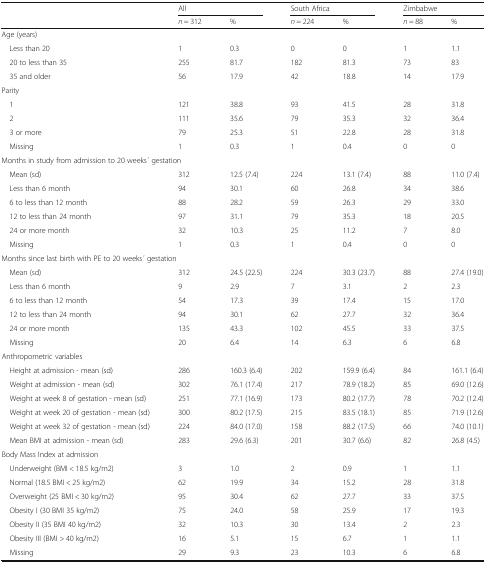
<table><thead><tr><td rowspan="2"></td><td colspan="2"><b>All</b></td><td colspan="2"><b>South Africa</b></td><td colspan="2"><b>Zimbabwe</b></td></tr><tr><td><b><i>n</i> = 312</b></td><td><b>%</b></td><td><b><i>n</i> = 224</b></td><td><b>%</b></td><td><b><i>n</i> = 88</b></td><td><b>%</b></td></tr></thead><tbody><tr><td colspan="7">Age (years)</td></tr><tr><td> Less than 20</td><td>1</td><td>0.3</td><td>0</td><td>0</td><td>1</td><td>1.1</td></tr><tr><td> 20 to less than 35</td><td>255</td><td>81.7</td><td>182</td><td>81.3</td><td>73</td><td>83</td></tr><tr><td> 35 and older</td><td>56</td><td>17.9</td><td>42</td><td>18.8</td><td>14</td><td>17.9</td></tr><tr><td colspan="7">Parity</td></tr><tr><td> 1</td><td>121</td><td>38.8</td><td>93</td><td>41.5</td><td>28</td><td>31.8</td></tr><tr><td> 2</td><td>111</td><td>35.6</td><td>79</td><td>35.3</td><td>32</td><td>36.4</td></tr><tr><td> 3 or more</td><td>79</td><td>25.3</td><td>51</td><td>22.8</td><td>28</td><td>31.8</td></tr><tr><td> Missing</td><td>1</td><td>0.3</td><td>1</td><td>0.4</td><td>0</td><td>0</td></tr><tr><td colspan="7">Months in study from admission to 20 weeks ́ gestation</td></tr><tr><td> Mean (sd)</td><td>312</td><td>12.5 (7.4)</td><td>224</td><td>13.1 (7.4)</td><td>88</td><td>11.0 (7.4)</td></tr><tr><td> Less than 6 month</td><td>94</td><td>30.1</td><td>60</td><td>26.8</td><td>34</td><td>38.6</td></tr><tr><td> 6 to less than 12 month</td><td>88</td><td>28.2</td><td>59</td><td>26.3</td><td>29</td><td>33.0</td></tr><tr><td> 12 to less than 24 month</td><td>97</td><td>31.1</td><td>79</td><td>35.3</td><td>18</td><td>20.5</td></tr><tr><td> 24 or more month</td><td>32</td><td>10.3</td><td>25</td><td>11.2</td><td>7</td><td>8.0</td></tr><tr><td> Missing</td><td>1</td><td>0.3</td><td>1</td><td>0.4</td><td>0</td><td>0</td></tr><tr><td colspan="7">Months since last birth with PE to 20 weeks ́ gestation</td></tr><tr><td> Mean (sd)</td><td>312</td><td>24.5 (22.5)</td><td>224</td><td>30.3 (23.7)</td><td>88</td><td>27.4 (19.0)</td></tr><tr><td> Less than 6 month</td><td>9</td><td>2.9</td><td>7</td><td>3.1</td><td>2</td><td>2.3</td></tr><tr><td> 6 to less than 12 month</td><td>54</td><td>17.3</td><td>39</td><td>17.4</td><td>15</td><td>17.0</td></tr><tr><td> 12 to less than 24 month</td><td>94</td><td>30.1</td><td>62</td><td>27.7</td><td>32</td><td>36.4</td></tr><tr><td> 24 or more month</td><td>135</td><td>43.3</td><td>102</td><td>45.5</td><td>33</td><td>37.5</td></tr><tr><td> Missing</td><td>20</td><td>6.4</td><td>14</td><td>6.3</td><td>6</td><td>6.8</td></tr><tr><td colspan="7">Anthropometric variables</td></tr><tr><td> Height at admission - mean (sd)</td><td>286</td><td>160.3 (6.4)</td><td>202</td><td>159.9 (6.4)</td><td>84</td><td>161.1 (6.4)</td></tr><tr><td> Weight at admission - mean (sd)</td><td>302</td><td>76.1 (17.4)</td><td>217</td><td>78.9 (18.2)</td><td>85</td><td>69.0 (12.6)</td></tr><tr><td> Weight at week 8 of gestation - mean (sd)</td><td>251</td><td>77.1 (16.9)</td><td>173</td><td>80.2 (17.7)</td><td>78</td><td>70.2 (12.4)</td></tr><tr><td> Weight at week 20 of gestation - mean (sd)</td><td>300</td><td>80.2 (17.5)</td><td>215</td><td>83.5 (18.1)</td><td>85</td><td>71.9 (12.6)</td></tr><tr><td> Weight at week 32 of gestation - mean (sd)</td><td>224</td><td>84.0 (17.0)</td><td>158</td><td>88.2 (17.5)</td><td>66</td><td>74.0 (10.1)</td></tr><tr><td> Mean BMI at admission - mean (sd)</td><td>283</td><td>29.6 (6.3)</td><td>201</td><td>30.7 (6.6)</td><td>82</td><td>26.8 (4.5)</td></tr><tr><td colspan="7">Body Mass Index at admission</td></tr><tr><td> Underweight (BMI &lt; 18.5 kg/m2)</td><td>3</td><td>1.0</td><td>2</td><td>0.9</td><td>1</td><td>1.1</td></tr><tr><td> Normal (18.5 BMI &lt; 25 kg/m2)</td><td>62</td><td>19.9</td><td>34</td><td>15.2</td><td>28</td><td>31.8</td></tr><tr><td> Overweight (25 BMI &lt; 30 kg/m2)</td><td>95</td><td>30.4</td><td>62</td><td>27.7</td><td>33</td><td>37.5</td></tr><tr><td> Obesity I (30 BMI 35 kg/m2)</td><td>75</td><td>24.0</td><td>58</td><td>25.9</td><td>17</td><td>19.3</td></tr><tr><td> Obesity II (35 BMI 40 kg/m2)</td><td>32</td><td>10.3</td><td>30</td><td>13.4</td><td>2</td><td>2.3</td></tr><tr><td> Obesity III (BMI &gt; 40 kg/m2)</td><td>16</td><td>5.1</td><td>15</td><td>6.7</td><td>1</td><td>1.1</td></tr><tr><td> Missing</td><td>29</td><td>9.3</td><td>23</td><td>10.3</td><td>6</td><td>6.8</td></tr></tbody></table>